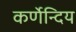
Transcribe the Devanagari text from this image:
कर्णेन्दिय